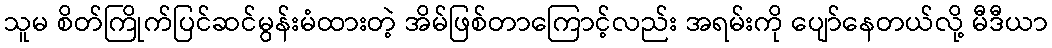
သူမ စိတ်ကြိုက်ပြင်ဆင်မွန်းမံထားတဲ့ အိမ်ဖြစ်တာကြောင့်လည်း အရမ်းကို ပျော်နေတယ်လို့ မီဒီယာ